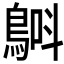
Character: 𲍢